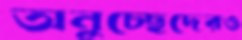
অনুচ্ছেদেরও